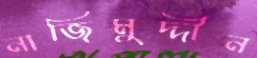
নাজিমুদ্দীন